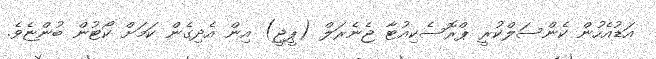
އަޑުއެހުން ކެންސަލްކުރީ ޕްރޮސެކިއުޓާ ޖެނެރަލް (ޕީޖީ) އިން އެދިގެން ކަމަށް ކޯޓުން ބުންޏެވެ.